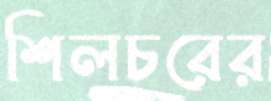
শিলচরের